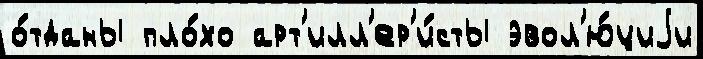
о́тданы пло́хо арт'илл'ер'и́сты эвол'ю́циjи